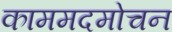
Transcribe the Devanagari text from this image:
काममदमोचन